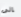
إلى